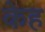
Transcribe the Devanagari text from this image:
केह